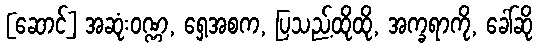
[ဆောင်] အဆုံးဝဏ္ဏ, ရှေ့အစက, ပြသည့်ထိုထို, အက္ခရာကို, ခေါ်ဆို